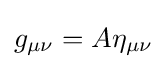
g_{\mu \nu }=A\eta _{\mu \nu }